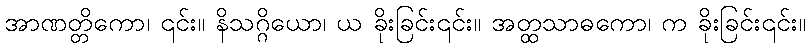
အာဏတ္တိကော၊ ၎င်း။ နိသဂ္ဂိယော၊ ယ ခိုးခြင်း၎င်း။ အတ္ထသာဓကော၊ က ခိုးခြင်း၎င်း။